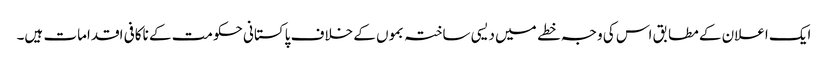
ایک اعلان کے مطابق اس کی وجہ خطے میں دیسی ساختہ بموں کے خلاف پاکستانی حکومت کے ناکافی اقدامات ہیں۔